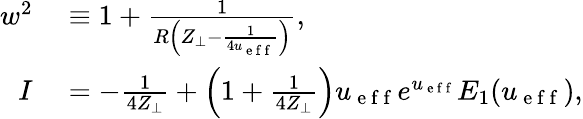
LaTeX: \begin{array}{rl}{w^{2}}&{{}\equiv 1+\frac{1}{R\left(Z_{\perp}-\frac{1}{4u_{\mathrm{~e~f~f~}}}\right)},}\\ {I}&{{}=-\frac{1}{4Z_{\perp}}+\left(1+\frac{1}{4Z_{\perp}}\right)u_{\mathrm{~e~f~f~}}e^{u_{\mathrm{~e~f~f~}}}E_{1}(u_{\mathrm{~e~f~f~}}),}\end{array}